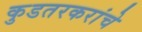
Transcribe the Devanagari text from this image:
कुडतरकरांचे